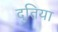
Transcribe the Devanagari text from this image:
दुतिया